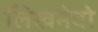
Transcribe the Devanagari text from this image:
लिखनेवो